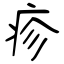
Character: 疹